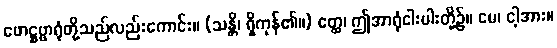
ဖောဋ္ဌဗ္ဗာရုံတို့သည်လည်းကောင်း။ (သန္တိ၊ ရှိကုန်၏။) ဧတ္ထ၊ ဤအာရုံငါးပါးတို့၌။ မေ၊ ငါ့အား။